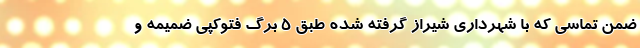
ضمن تماسی که با شهرداری شیراز گرفته شده طبق 5 برگ فتوکپی ضمیمه و